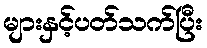
များနှင့်ပတ်သက်ပြီး